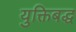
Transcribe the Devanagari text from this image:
युक्तिबद्ध